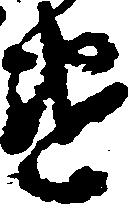
違